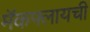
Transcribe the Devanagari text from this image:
मॅकफ्लायची